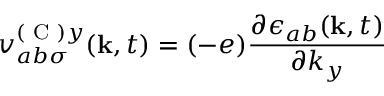
v _ { a b \sigma } ^ { ( \textrm { C } ) y } ( \mathbf { k } , t ) = ( - e ) \frac { \partial \epsilon _ { a b } ( \mathbf { k } , t ) } { \partial k _ { y } }